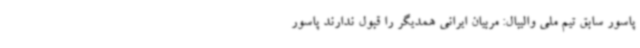
پاسور سابق تیم ملی والیبال: مربیان ایرانی همدیگر را قبول ندارند پاسور